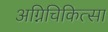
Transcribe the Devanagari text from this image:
अग्निचिकित्सा